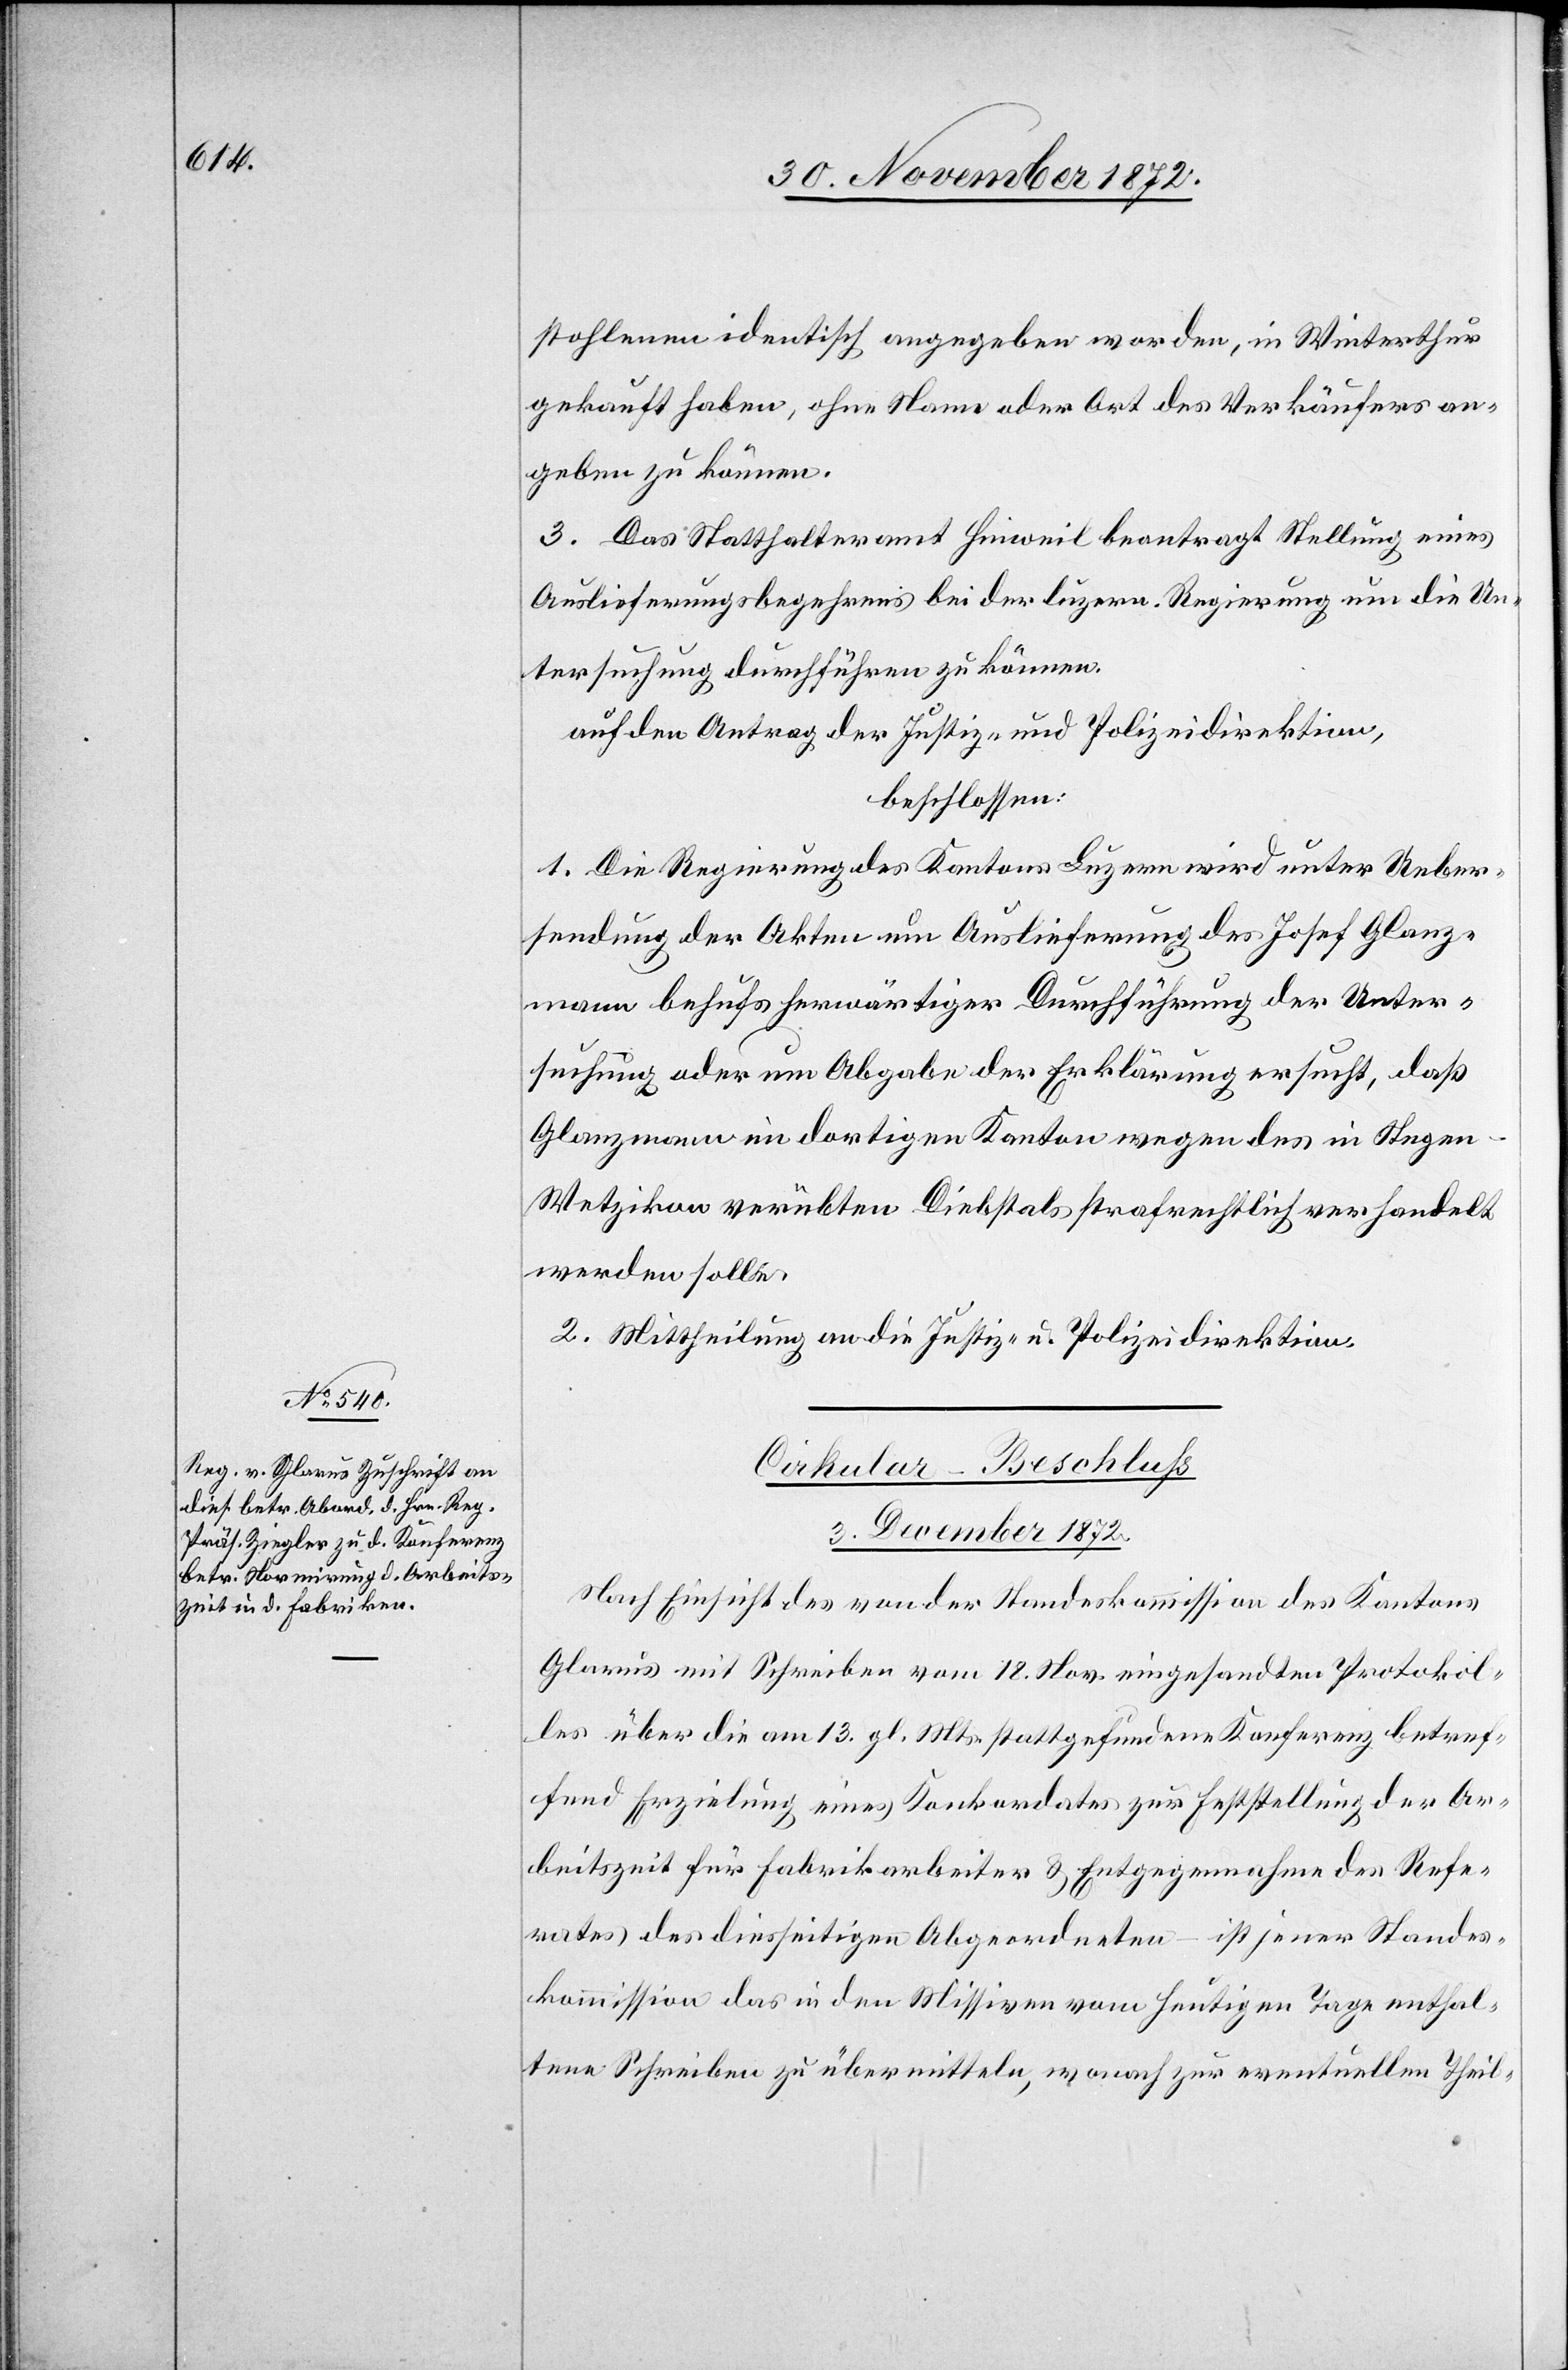
stohlenen identisch angegeben worden, in Winterthur
gekauft haben, ohne Name oder Art des Verkäufers an¬
geben zu können.
3. Das Statthalteramt Hinweil beantragt Stellung eines
Auslieferungsbegehrens bei der luzern. Regierung um die Un¬
tersuchung durchführen zu können.
auf den Antrag der Justiz- und Polizeidirektion,
beschlossen:
1. Die Regierung des Kantons Luzern wird unter Ueber¬
sendung der Akten um Auslieferung des Josef Glanz¬
mann behufs herwärtiger Durchführung der Unter¬
suchung oder um Abgabe der Erklärung ersucht, daß
Glanzmann im dortigen Kanton wegen des in Stegen
Wetzikon verübten Diebstals strafrechtlich verhandelt
werden solle.
2. Mittheilung an die Justiz- u. Polizeidirektion.
Cirkular-Beschluss
3. December 1872.
Nach Einsicht des von der Standeskommission des Kantons
Glarus mit Schreiben vom 18. Nov. eingesandten Protokol¬
les über die am 13. gl. Mts. stattgefundene Konferenz betref¬
fend Erzielung eines Konkordates zur Feststellung der Ar¬
beitszeit für Fabrikarbeiter u. Entgegennahme des Refe¬
rates des diesseitigen Abgeordneten – ist jener Standes¬
kommission das in den Missiven vom heutigen Tage enthal¬
tene Schreiben zu übermitteln, wonach zur eventuellen Theil-